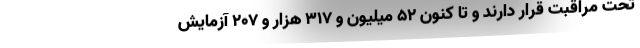
تحت مراقبت قرار دارند و تا کنون ۵۲ میلیون و ۳۱۷ هزار و ۲۰۷ آزمایش